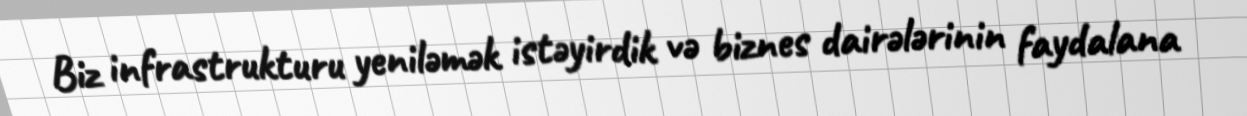
Biz infrastrukturu yeniləmək istəyirdik və biznes dairələrinin faydalana